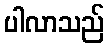
ပါလာသည်